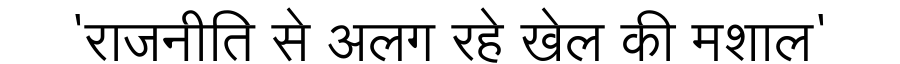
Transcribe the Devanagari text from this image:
'राजनीति से अलग रहे खेल की मशाल'